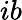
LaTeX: ib